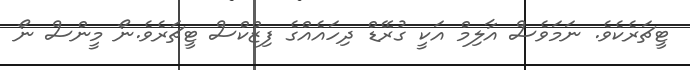
ޓީޗަރެކެވެ. ނަމަވެސް އާލިމް އަކީ ގުރޭޑް ދިހައެއްގެ ފިޒްކްސް ޓީޗަރެވެ.ނޯ މީންސް ނޯ